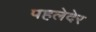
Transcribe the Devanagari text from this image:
पहलेदेर